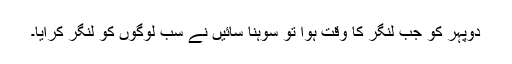
دوپہر کو جب لنگر کا وقت ہوا تو سوہنا سائیں نے سب لوگوں کو لنگر کرایا۔